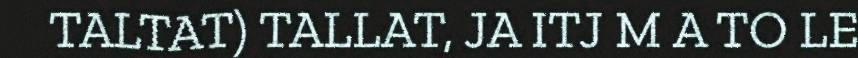
TALTAT) TALLAT, JA ITJ M A TO LE